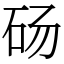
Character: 砀